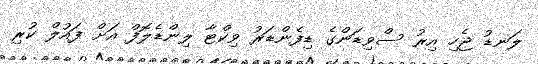
ލަނޑު ޖެހި އިރު ސްވިޑަންގެ ޑިފެންޑަރު ވިކްޓާ ލިންޑެލޮފް އަށް ފައުލް ކުރި